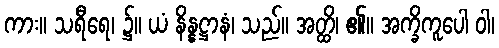
ကား။ သရီရေ၊ ၌။ ယံ နိန္နဋ္ဌာနံ၊ သည်။ အတ္ထိ၊ ၏။ အက္ခိကူပေါ ဝါ၊